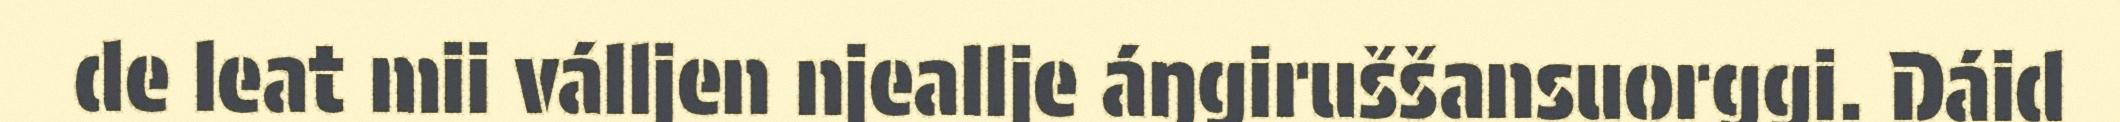
de leat mii válljen njeallje áŋgiruššansuorggi. Dáid